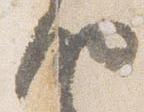
納